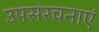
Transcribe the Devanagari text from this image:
उपसंरचनाएं